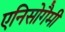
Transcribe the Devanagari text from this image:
एनिसोगैमी